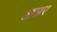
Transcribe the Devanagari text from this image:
आछर